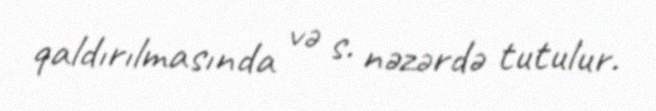
qaldırılmasında və s. nəzərdə tutulur.